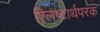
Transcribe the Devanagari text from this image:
श्लिष्टार्थपरक